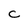
Character: C